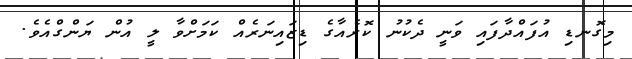
މިގޮނޑި އުފައްދާފައި ވަނީ ދެކުނު ކޮރެއާގެ ޑިޒައިނަރެއް ކަމަށްވާ ލީ އުން ޔަންގްއެވެ.